Report of the Indian Hemp Drugs Commission, 1894-1895 - Volume III
Year: 1894
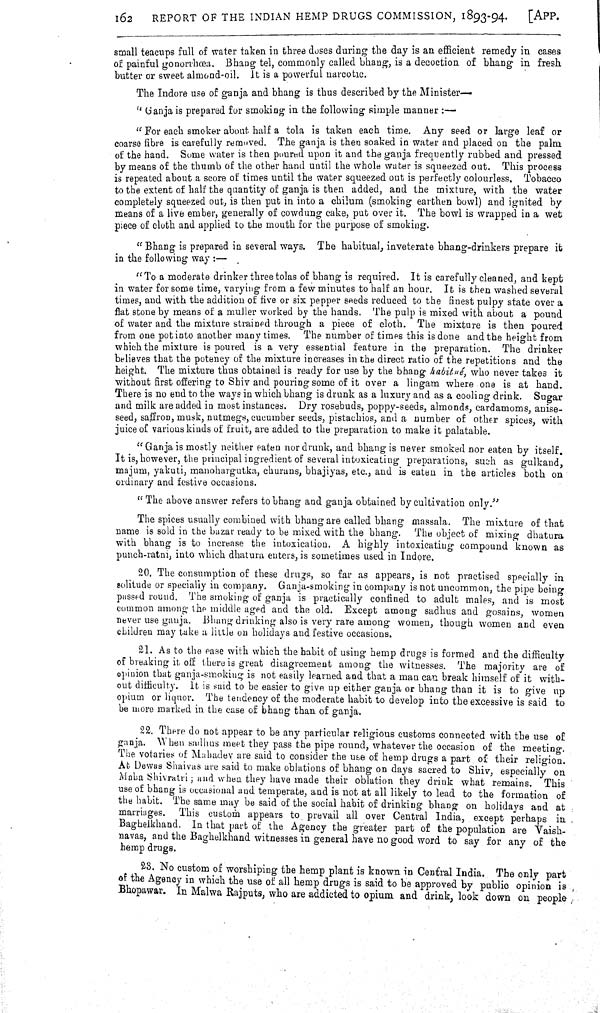
162
REPORT OF THE INDIAN HEMP DRUGS COMMISSION, 1893-94.
[APP.
small teacups full of water taken in three doses during the day is an efficient remedy in cases
of painful gonorrhæa. Bhang tel, commonly called bhang, is a decoction of bhang in fresh
butter or sweet almond-oil. It is a powerful narcotic.
The Indore use of ganja and bhang is thus described by the Minister—
"Ganja is prepared for smoking in the following simple manner:—
"For each smoker about half a tola is taken each time. Any seed or large leaf or
coarse fibre is carefully removed. The ganja is then soaked in water and placed on the palm
of the hand. Some water is then poured upon it and the ganja frequently rubbed and pressed
by means of the thumb of the other hand until the whole water is squeezed out. This process
is repeated about a score of times until the water squeezed out is perfectly colourless. Tobacco
to the extent of half the quantity of ganja is then added, and the mixture, with the water
completely squeezed out, is then put in into a chilum (smoking earthen bowl) and ignited by
means of a live ember, generally of cowdung cake, put over it. The bowl is wrapped in a wet
piece of cloth and applied to the mouth for the purpose of smoking.
"Bhang is prepared in several ways. The habitual, inveterate bhang-drinkers prepare it
in the following
way:—
"To a moderate drinker three tolas of bhang is required. It is carefully cleaned, and kept
in water for some time, varying from a few minutes to half an hour. It is then washed several
times, and with the addition of five or six pepper seeds reduced to the finest pulpy state over a
flat stone by means of a muller worked by the hands. The pulp is mixed with about a pound
of water and the mixture strained through a piece of cloth. The mixture is then poured
from one pot into another many times. The number of times this is done and the height from
which the mixture is poured is a very essential feature in the preparation. The drinker
believes that the potency of the mixture increases in the direct ratio of the repetitions and the
height. The mixture thus obtained is ready for use by the bhang habitué, who never takes it
without first offering to Shiv and pouring some of it over a lingam where one is at hand.
There is no end to the ways in which bhang is drunk as a luxury and as a cooling drink. Sugar
and milk are added in most instances. Dry rosebuds, poppy-seeds, almonds, cardamoms, anise-
seed, saffron, musk, nutmegs, cucumber seeds, pistachios, and a number of other spices, with
juice of various kinds of fruit, are added to the preparation to make it palatable.
"Ganja is mostly neither eaten nor drunk, and bhang is never smoked nor eaten by itself.
It is, however, the principal ingredient of several intoxicating preparations, such as gulkand,
majum, yakuti, manohargutka, churans, bhajiyas, etc., and is eaten in the articles both on
ordinary and festive occasions.
" The above answer refers to bhang and ganja obtained by cultivation only."
The spices usually combined with bhang are called bhang massala. The mixture of that
name is sold in the bazar ready to be mixed with the bhang. The object of mixing dhatura
with bhang is to increase the intoxication. A highly intoxicating compound known as
punch-ratni, into which dhatura enters, is sometimes used in Indore.
20. The consumption of these drugs, so far as appears, is not practised specially in
solitude or specially in company. Ganja-smoking in company is not uncommon, the pipe being
passed round. The smoking of ganja is practically confined to adult males, and is most
common among the middle aged and the old. Except among sadhus and gosains, women
never use ganja. Bhang drinking also is very rare among women, though women and even
children may take a little on holidays and festive occasions.
21. As to the ease with which the habit of using hemp drugs is formed and the difficulty
of breaking it off there is great disagreement among the witnesses. The majority are of
opinion that ganja-smoking is not easily learned and that a man can break himself of it with-
out difficulty. It is said to be easier to give up either ganja or bhang than it is to give up
opium or liquor. The tendency of the moderate habit to develop into the excessive is said to
be more marked in the case of bhang than of ganja.
22. There do not appear to be any particular religious customs connected with the use of
ganja. When sadhus meet they pass the pipe round, whatever the occasion of the meeting.
The votaries of Mahadev are said to consider the use of hemp drugs a part of their religion.
At Dewas Shaivas are said to make oblations of bhang on days sacred to Shiv, especially on
Maha Shivratri; and when they have made their oblation they drink what remains. This
use of bhang is occasional and temperate, and is not at all likely to lead to the formation of
the habit. The same may be said of the social habit of drinking bhang on holidays and at
marriages. This custom appears to. prevail all over Central India, except perhaps in
Baghelkhand. In that part of the Agency the greater part of the population are Vaish-
navas, and the Baghelkhand witnesses in general have no good word to say for any of the
hemp drugs.
23. No custom of worshiping the hemp plant is known in Central India. The only part
of the Agency in which the use of all hemp drugs is said to be approved by public opinion is
Bhopawar. In Malwa Rajputs, who are addicted to opium and drink, look down on people